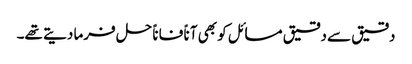
دقیق سے دقیق مسائل کو بھی آناً فاناً حل فرما دیتے تھے۔